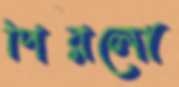
পিরলো